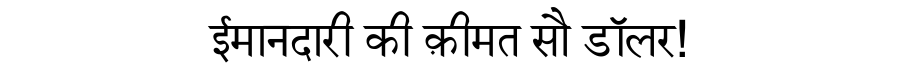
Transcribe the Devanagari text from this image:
ईमानदारी की क़ीमत सौ डॉलर!